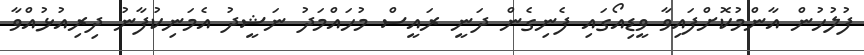
ފުލުހުން އާންމުކޮށްފައިވާ ވީޑިއޯގައި ފެނިގެން ދަނީ ރައީސް މުހައްމަދު ނަޝީދު އެމަނިކުފާނު ދިރިއުޅުއްވާ